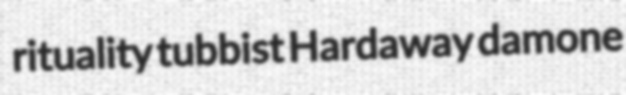
rituality tubbist Hardaway damone